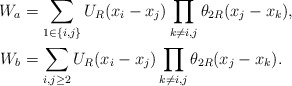
\begin{align*} W_a &= \sum_{1\in \{i,j\}} U_R(x_i-x_j) \prod_{k\ne i,j} \theta_{2R}(x_j-x_k),\\W_b &= \sum_{i,j \ge 2} U_R(x_i-x_j) \prod_{k\ne i,j} \theta_{2R} (x_j-x_k).\end{align*}